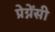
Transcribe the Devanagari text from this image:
प्रेग्नेंसी